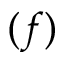
( f )